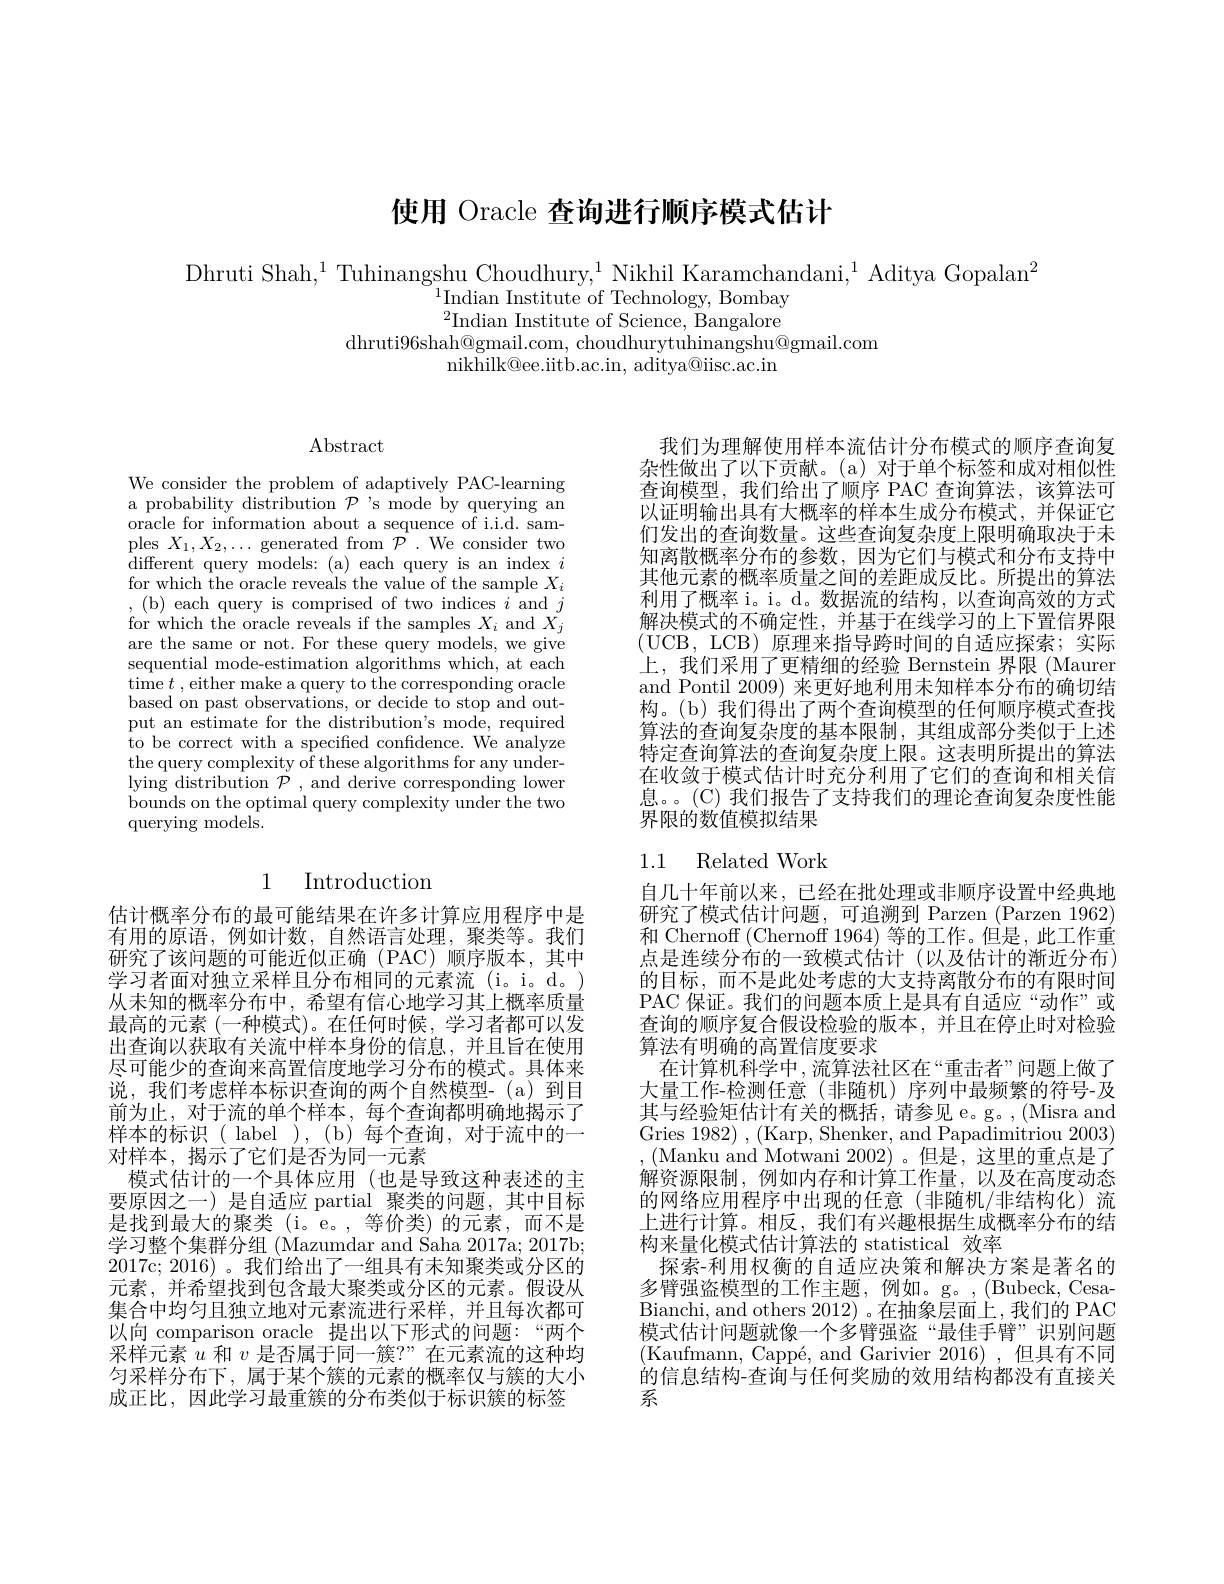
# 使用 Oracle 查询进行顺序模式估计

Dhruti Shah,$^1$Tuhinangshu Choudhury,$^1$Nikhil Karamchandani,$^1$Aditya Gopalan$^2$
$^{1}$Indian Institute of Technology, Bombay $^{2}$Indian Institute of Science, Bangalore
dhruti96shah@gmail.com, choudhurytuhinangshu@gmail.com
nikhilk@ee.iitb.ac.in, aditya@iisc.ac.in

$\operatorname{Abstract}$

We consider the problem of adaptively PAC-learning a probability distribution $\mathcal{P}$ 's mode by querying an oracle for information about a sequence of i.i.d. samples $X_1,X_2,\ldots$ generated from $\mathcal{P}.$ We consider two different query models: (a) each query is an index $i$ for which the oracle reveals the value of the sample $X_i$ ,(b) each query is comprised of two indices $i$ and $j$ for which the oracle reveals if the samples $X_i$ and $X_j$ are the same or not. For these query models, we give sequential mode-estimation algorithms which, at each time $t$ , either make a query to the corresponding oracle based on past observations, or decide to stop and output an estimate for the distribution's mode, required to be correct with a specified confidence. We analyze the query complexity of these algorithms for any underlying distribution $\mathcal{P}$, and derive corresponding lower bounds on the optimal query complexity under the two ${\mathrm{querying~models.}}$

## 1 Introduction

估计概率分布的最可能结果在许多计算应用程序中是有用的原语，例如计数，自然语言处理，聚类等。我们研究了该问题的可能近似正确(PAC)顺序版本，其中学习者面对独立采样且分布相同的元素流(i。i。d。) 从未知的概率分布中，希望有信心地学习其上概率质量最高的元素 (一种模式)。在任何时候，学习者都可以发出查询以获取有关流中样本身份的信息，并且旨在使用尽可能少的查询来高置信度地学习分布的模式。具体来说，我们考虑样本标识查询的两个自然模型-(a)到目前为止，对于流的单个样本，每个查询都明确地揭示了样本的标识(label),(b)每个查询，对于流中的一对样本，揭示了它们是否为同一元素
模式估计的一个具体应用 (也是导致这种表述的主要原因之一) 是自适应 partial 聚类的问题，其中目标是找到最大的聚类(i。e。,等价类)的元素，而不是学习整个集群分组 (Mazumdar and Saha 2017a; 2017b; 2017c; 2016)。我们给出了一组具有未知聚类或分区的元素，并希望找到包含最大聚类或分区的元素。假设从集合中均匀且独立地对元素流进行采样，并且每次都可以向 comparison oracle 提出以下形式的问题：“两个采样元素$u$和$v$是否属于同一簇？”在元素流的这种均匀采样分布下，属于某个簇的元素的概率仅与簇的大小成正比，因此学习最重簇的分布类似于标识簇的标签

我们为理解使用样本流估计分布模式的顺序查询复杂性做出了以下贡献。(a)对于单个标签和成对相似性查询模型，我们给出了顺序 PAC 查询算法，该算法可以证明输出具有大概率的样本生成分布模式，并保证它们发出的查询数量。这些查询复杂度上限明确取决于未知离散概率分布的参数，因为它们与模式和分布支持中其他元素的概率质量之间的差距成反比。所提出的算法利用了概率 i。i。d。数据流的结构，以查询高效的方式解决模式的不确定性，并基于在线学习的上下置信界限(UCB,LCB)原理来指导跨时间的自适应探索；实际上，我们采用了更精细的经验 Bernstein 界限 (Maurer and Pontil 2009) 来更好地利用未知样本分布的确切结构。(b) 我们得出了两个查询模型的任何顺序模式查找算法的查询复杂度的基本限制，其组成部分类似于上述特定查询算法的查询复杂度上限。这表明所提出的算法在收敛于模式估计时充分利用了它们的查询和相关信息。。(C) 我们报告了支持我们的理论查询复杂度性能界限的数值模拟结果

## 1.1 Related Work

自几十年前以来，已经在批处理或非顺序设置中经典地研究了模式估计问题，可追溯到 Parzen (Parzen 1962) 和 Chernoff (Chernoff 1964) 等的工作。但是，此工作重点是连续分布的一致模式估计(以及估计的渐近分布) 的目标，而不是此处考虑的大支持离散分布的有限时间PAC 保证。我们的问题本质上是具有自适应“动作”或查询的顺序复合假设检验的版本，并且在停止时对检验算法有明确的高置信度要求
在计算机科学中，流算法社区在“重击者”问题上做了大量工作-检测任意(非随机)序列中最频繁的符号-及其与经验矩估计有关的概括，请参见 e。g。,(Misra and Gries 1982) , (Karp, Shenker, and Papadimitriou 2003) ,(Manku and Motwani 2002)。但是，这里的重点是了解资源限制，例如内存和计算工作量，以及在高度动态的网络应用程序中出现的任意(非随机/非结构化)流上进行计算。相反，我们有兴趣根据生成概率分布的结构来量化模式估计算法的 statistical 效率
探索-利用权衡的自适应决策和解决方案是著名的多臂强盗模型的工作主题，例如。g。,(Bubeck,CesaBianchi, and others 2012)。在抽象层面上，我们的 PAC 模式估计问题就像一个多臂强盗“最佳手臂”识别问题(Kaufmann, Cappé, and Garivier 2016),但具有不同的信息结构-查询与任何奖励的效用结构都没有直接关系